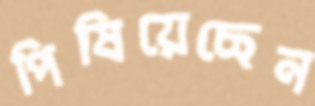
পিষিয়েছেন